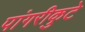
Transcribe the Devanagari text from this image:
पांगरीकुटे